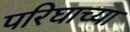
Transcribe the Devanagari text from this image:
परिघाच्या